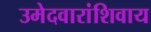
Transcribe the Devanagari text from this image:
उमेदवारांशिवाय